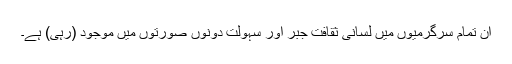
ان تمام سرگرمیوں میں لسانی ثقافت جبر اور سہولت دونوں صورتوں میں موجود (رہی) ہے۔